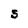
Character: S